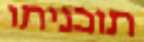
תוכניתו